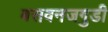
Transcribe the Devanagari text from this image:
बसवनजगुडी